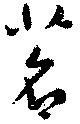
茗